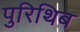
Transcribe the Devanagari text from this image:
पुरिथिब